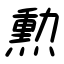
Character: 勲